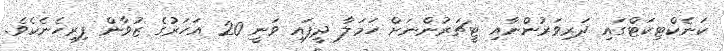
ކަނެކްޓިކަޓްގައި ދަރިވަރުންނާއި ޓީޗަރުންނަށް ހަމަލާ ދީފައި ވަނީ 20 އަހަރުގެ ޒުވާން ފިރިހެނެކެވެ.